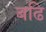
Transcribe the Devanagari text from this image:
बढि